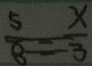
\frac { 5 } { 8 } = \frac { x } { 3 }